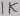
Text: 1K